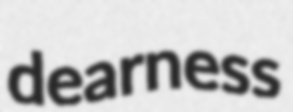
dearness